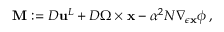
\begin{array} { r } { \mathbf { M } : = { D } { \mathbf { u } } ^ { L } + { D } \boldsymbol { \Omega } \times { \mathbf { x } } - \alpha ^ { 2 } N \nabla _ { \epsilon { \mathbf { x } } } \phi \, , } \end{array}